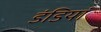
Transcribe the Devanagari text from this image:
डंडियां